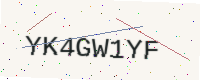
Text: YK4GW1YF